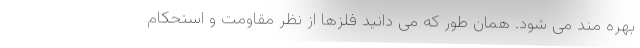
بهره مند می شود. همان طور که می دانید فلزها از نظر مقاومت و استحکام